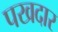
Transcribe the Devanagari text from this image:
पखदार